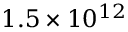
1 . 5 \times 1 0 ^ { 1 2 }